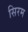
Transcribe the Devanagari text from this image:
सिरम